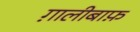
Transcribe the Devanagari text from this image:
ग़ालीबाफ़